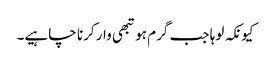
کیونکہ لوہا جب گرم ہو تبھی وار کرنا چاہیے۔